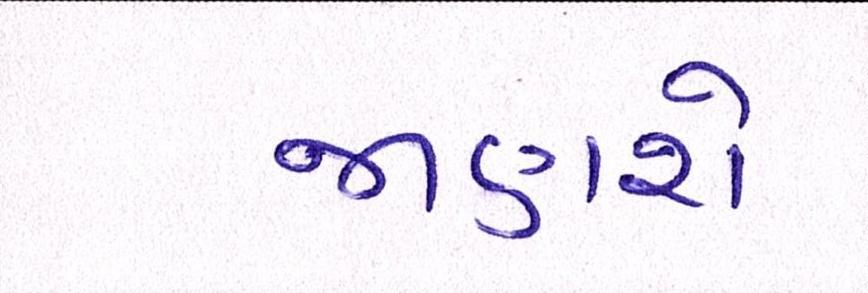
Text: જાણશે